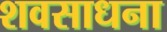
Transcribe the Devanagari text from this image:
शवसाधना